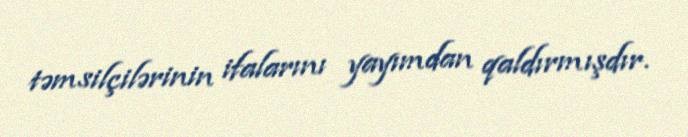
təmsilçilərinin ifalarını yayımdan qaldırmışdır.